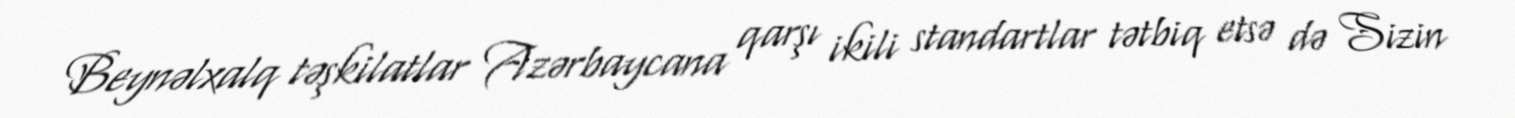
Beynəlxalq təşkilatlar Azərbaycana qarşı ikili standartlar tətbiq etsə də Sizin